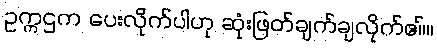
ဥက္ကဌက ပေးလိုက်ပါဟု ဆုံးဖြတ်ချက်ချလိုက်ဧ။်။